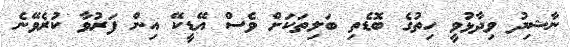
ނާޝިދު ވިދާޅުވީ ހިތުގެ ބޮޑެތި ބަލިތަކަށް ވެސް އޭޑީކޭ އިން ފަރުވާ ކުރެވޭނެ